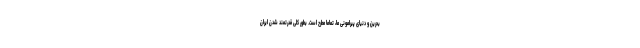
بحرین و دنیای پیرامونی ما، تماما مطرح است. بطور کلی قدرتمند شدن ایران